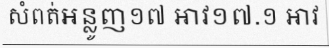
សំពត់អន្លូញ១៧ អាវ១៧.១ អាវ